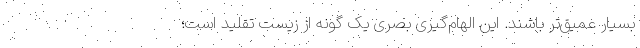
بسیار عمیق‌تر باشند. این الهام‌گیری بصری یک گونه از زیست تقلید است؛